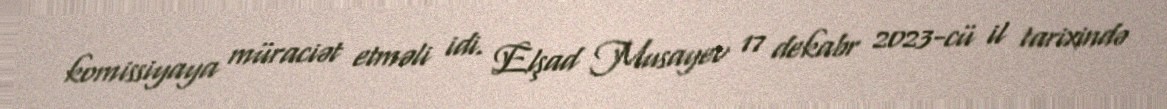
komissiyaya müraciət etməli idi. Elşad Musayev 17 dekabr 2023-cü il tarixində